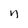
Character: n